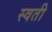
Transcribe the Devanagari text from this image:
स्वती